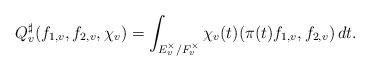
LaTeX: \begin{align*} Q_{v}^{\sharp}(f_{1,v}, f_{2,v}, \chi_{v})=\int_{E_{v}^{\times}/F_{v}^{\times}} \chi_{v}(t) (\pi(t)f_{1,v}, f_{2,v})\, {dt}.\end{align*}